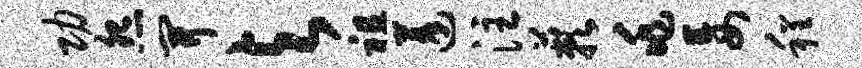
功怨开与祖蓬注蔌兆妄程